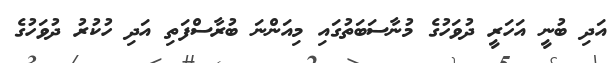
އަދި ބުނީ އަހަރީ ދުވަހުގެ މުނާސަބަތުގައި މިއަންނަ ބުރާސްފަތި އަދި ހުކުރު ދުވަހުގެ